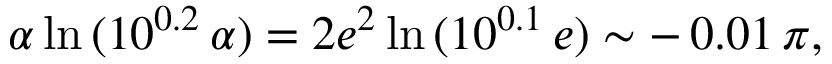
\alpha \ln { ( 1 0 ^ { 0 . 2 } \, \alpha ) } = 2 e ^ { 2 } \ln { ( 1 0 ^ { 0 . 1 } \, e ) } \sim - \, 0 . 0 1 \, \pi ,